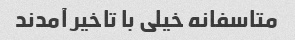
متاسفانه خیلی با تاخیر آمدند